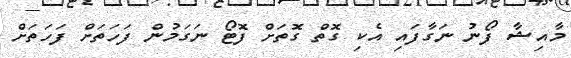
މާއިޝާ ފޯނު ނަގާފައި އެކި ގޮތް ގޮތަށް ފޮޓޯ ނަގަމުން ފަހަތަށް ފަހަތަށް